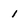
Character: 1